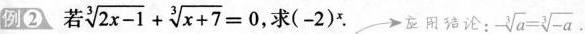
例② 若 $$\sqrt[3]{2x-1}+ \sqrt[3]{x+7}=0$$ 求(-2)^{x}. 应用结论： $$-\sqrt[3]{a}= \sqrt[3]{-a}$$.